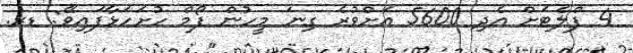
4 ފްލެޓަށް އެދި 5600 އަށްވުރެ ގިނަ މީހުން ފޯމް ހުށަހަޅާފައިވޭ: ޑރ.